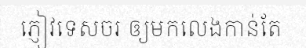
ភ្ញៀវទេសចរ ឲ្យមកលេងកាន់តែ